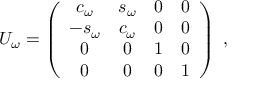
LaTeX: U _ { \omega } = \left( \begin{array} { c c c c } { { c _ { \omega } } } & { { s _ { \omega } } } & { { 0 } } & { { 0 } } \\ { { - s _ { \omega } } } & { { c _ { \omega } } } & { { 0 } } & { { 0 } } \\ { { 0 } } & { { 0 } } & { { 1 } } & { { 0 } } \\ { { 0 } } & { { 0 } } & { { 0 } } & { { 1 } } \end{array} \right) \ ,